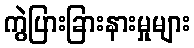
ကွဲပြားခြားနားမှုများ